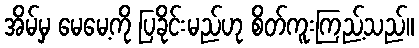
အိမ်မှ မေမေ့ကို ပြခိုင်းမည်ဟု စိတ်ကူးကြည့်သည်။